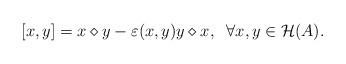
LaTeX: \begin{align*}[x,y]=x\diamond y-\varepsilon(x,y)y\diamond x,\;\; \forall x,y\in \mathcal{H}(A).\end{align*}